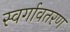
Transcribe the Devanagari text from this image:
स्वर्गावतरण